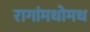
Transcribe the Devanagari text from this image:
रागांमधोमध